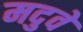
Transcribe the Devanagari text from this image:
मदुवे